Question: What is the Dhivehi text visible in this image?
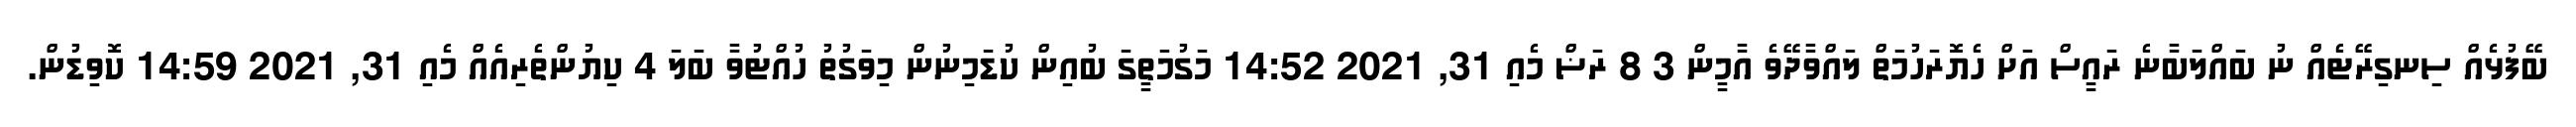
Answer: ބޭފުޅެއް ސިނގިރޭޓެއް ނު ބައްލަބާނެ ރައީސް އަށް ހެޔޮރަހުމަތް ލައްވާދޭވެ އާމީން 3 8 ރަޟް މެއި 31, 2021 14:52 މަގުމަތީގަ ބުއިން ކުޑަމިނުން މިވަގުތު ހުއްޓުވާ ބަލަ 4 ކިޔުންތެރިއެއް މެއި 31, 2021 14:59 ކޮވިޑުން.